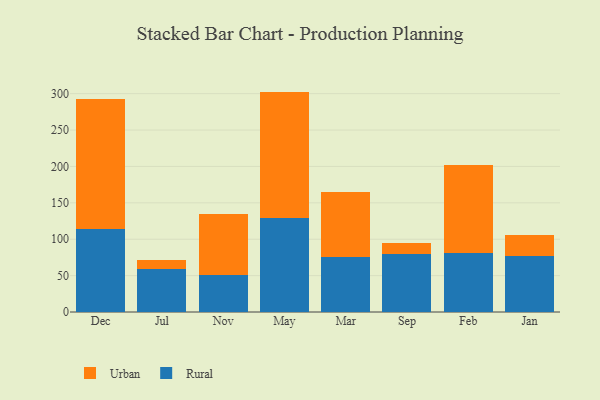
{"axis": {"x": "Month", "y": "Satisfaction Score"}, "legend": ["Rural", "Urban"], "data": [{"x": "Dec", "y": 113.6, "type": "Rural"}, {"x": "Dec", "y": 179.1, "type": "Urban"}, {"x": "Jul", "y": 58.5, "type": "Rural"}, {"x": "Jul", "y": 13.2, "type": "Urban"}, {"x": "Nov", "y": 51.5, "type": "Rural"}, {"x": "Nov", "y": 83.5, "type": "Urban"}, {"x": "May", "y": 128.5, "type": "Rural"}, {"x": "May", "y": 174.3, "type": "Urban"}, {"x": "Mar", "y": 75.2, "type": "Rural"}, {"x": "Mar", "y": 89.6, "type": "Urban"}, {"x": "Sep", "y": 80.2, "type": "Rural"}, {"x": "Sep", "y": 14.8, "type": "Urban"}, {"x": "Feb", "y": 81.3, "type": "Rural"}, {"x": "Feb", "y": 121.0, "type": "Urban"}, {"x": "Jan", "y": 77.2, "type": "Rural"}, {"x": "Jan", "y": 28.3, "type": "Urban"}]}